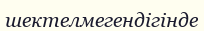
шектелмегендігінде